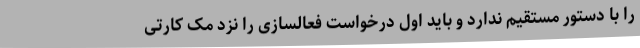
را با دستور مستقیم ندارد و باید اول درخواست فعالسازی را نزد مک کارتی